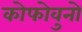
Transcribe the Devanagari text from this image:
कोफोवुनो